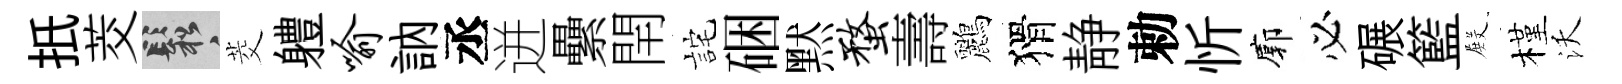
扺茭鬆茭軆喻訥丞迸纍閈詫硱黙蝥壽鸝猾静勅忻廓必碾籃𭮺槿沃